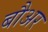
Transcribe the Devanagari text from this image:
बौअर